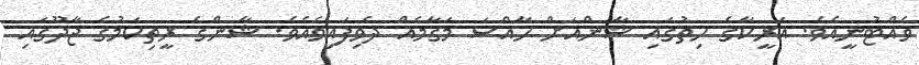
ވެއްޓުނީއެވެ. އަރީކާގެ ހިތުގައި ޝާންއަށް ހާއްސަ މަގާމެއް ދެވިފައިވެއެވެ. ޝާންގެ ރީތިކަމުގެ ޖާދޫގައި